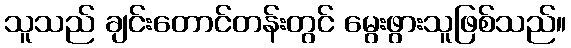
သူသည် ချင်းတောင်တန်းတွင် မွေးဖွားသူဖြစ်သည်။